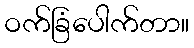
ဝက်ခြံပေါက်တာ။